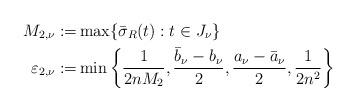
LaTeX: \begin{align*}M_{2,\nu}:=&\max\{\bar{\sigma}_{R}(t):t\in J_{\nu}\} \\\varepsilon_{2,\nu}:=&\min\left\{\frac{1}{2nM_{2}},\frac{\bar{b}_{\nu}-b_{\nu}}{2},\frac{a_{\nu}-\bar{a}_{\nu}}{2},\frac{1}{2n^{2}}\right\} \end{align*}